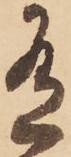
有